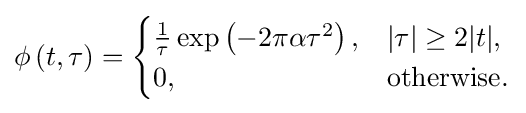
\phi \left(t,\tau \right)={\begin{cases}{\frac {1}{\tau }}\exp \left(-2\pi \alpha \tau ^{2}\right),&|\tau |\geq 2|t|,\\0,&{\mbox{otherwise}}.\end{cases}}